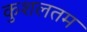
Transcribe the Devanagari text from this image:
कुशलतम